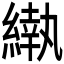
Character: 𬗵